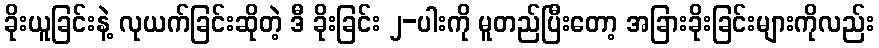
ခိုးယူခြင်းနဲ့ လုယက်ခြင်းဆိုတဲ့ ဒီ ခိုးခြင်း ၂-ပါးကို မူတည်ပြီးတော့ အခြားခိုးခြင်းများကိုလည်း